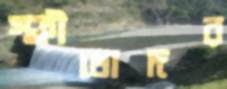
স্ফীতোদর